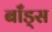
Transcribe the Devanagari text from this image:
बाँड्स